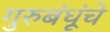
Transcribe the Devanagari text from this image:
गुरुबंधूंचे